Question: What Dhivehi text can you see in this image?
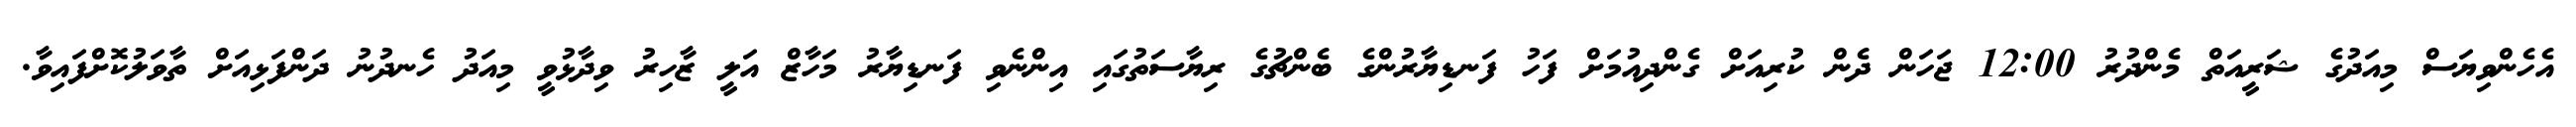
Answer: އެހެންވިޔަސް މިއަދުގެ ޝަރީއަތް މެންދުރު 12:00 ޖަހަން ދެން ކުރިއަށް ގެންދިއުމަށް ފަހު ފަނޑިޔާރުންގެ ބެންޗުގެ ރިޔާސަތުގައި އިންނެވި ފަނޑިޔާރު މަހާޒް އަލީ ޒާހިރު ވިދާޅުވީ މިއަދު ހެނދުނު ދަންފަޅިއަށް ތާވަލުކޮށްފައިވާ.